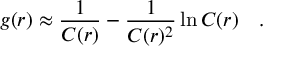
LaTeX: g ( r ) \approx \frac { 1 } { C ( r ) } - \frac { 1 } { C ( r ) ^ { 2 } } \ln C ( r ) \quad .